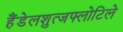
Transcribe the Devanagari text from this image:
हैंडेलशुत्जफ्लोटिले